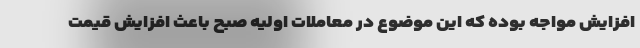
افزایش مواجه بوده که این موضوع در معاملات اولیه صبح باعث افزایش قیمت